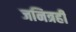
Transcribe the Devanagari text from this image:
जनित्रही